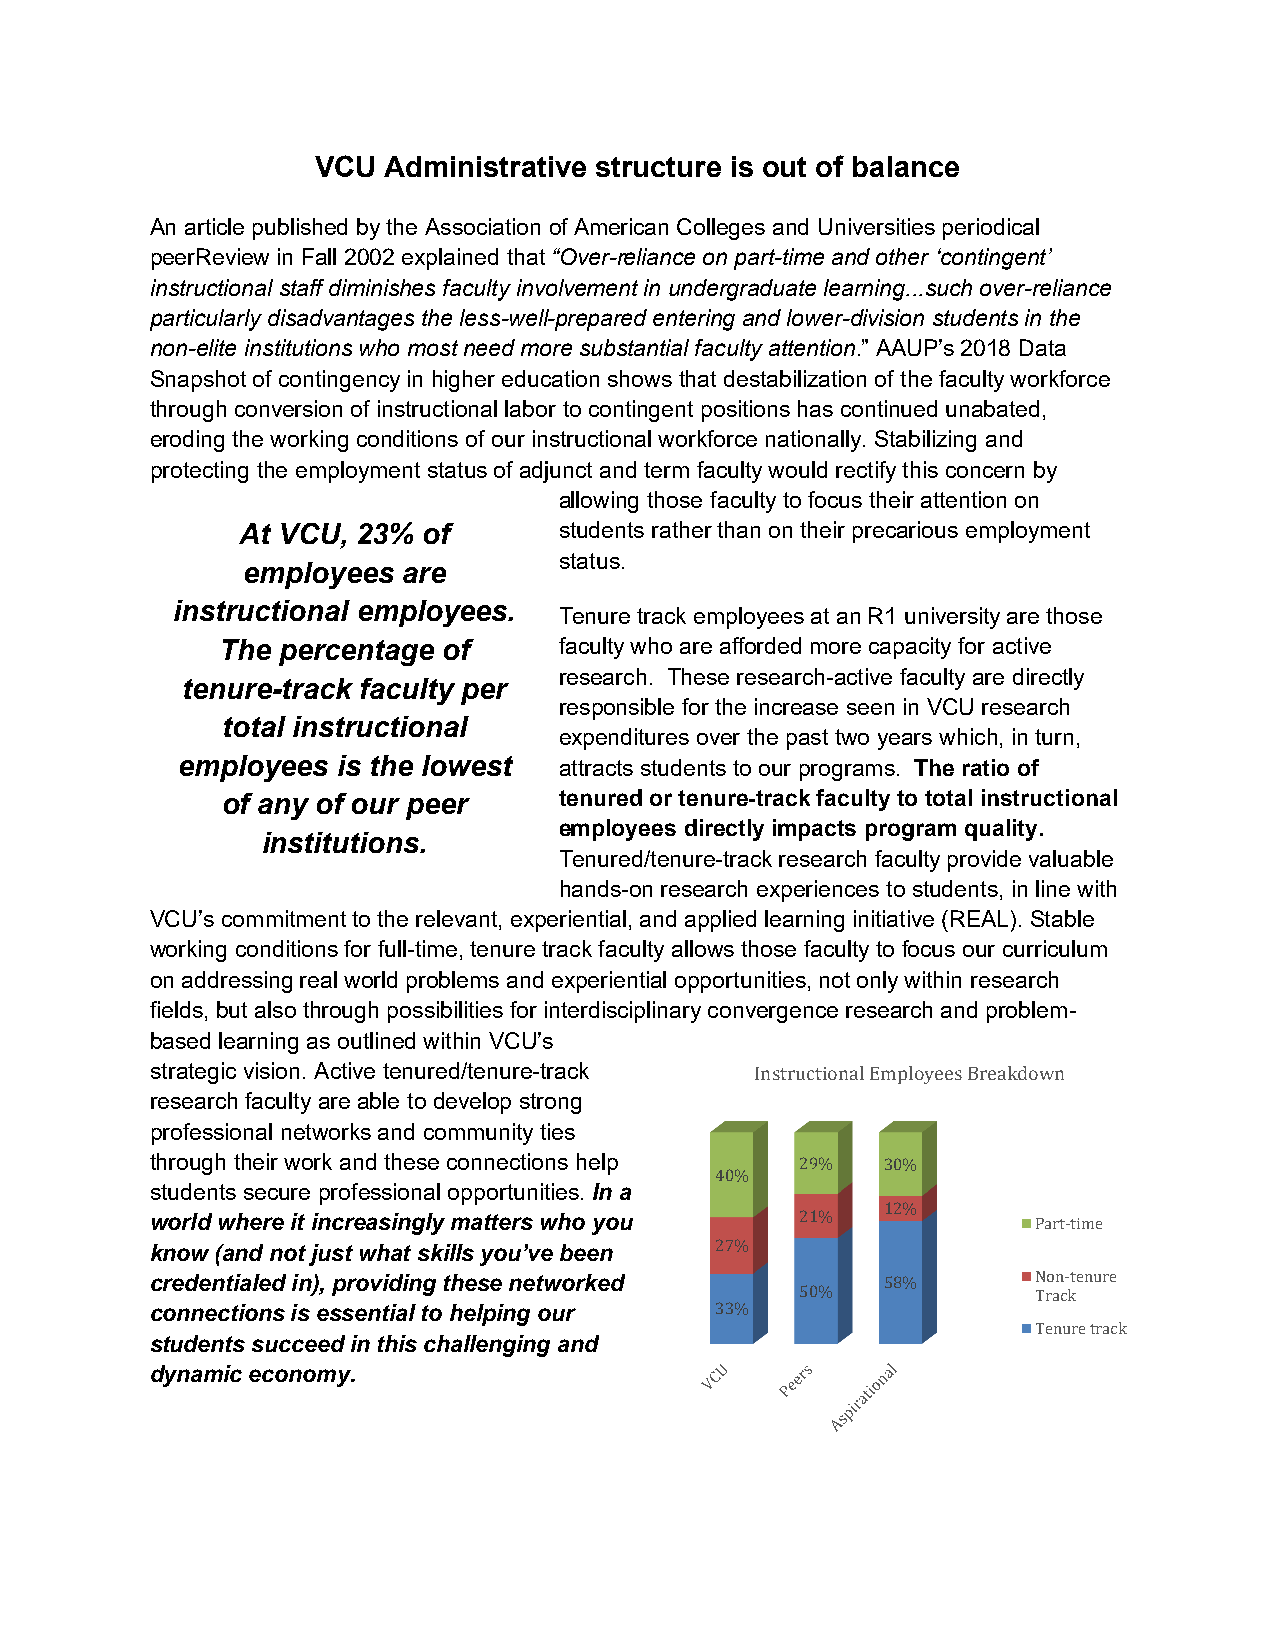
VCU Administrative structure is out of balance
 An article published by the Association of American Colleges and Universities periodical
 peerReview in Fall 2002 explained that “Over-reliance on part-time and other ‘contingent’
 instructional staff diminishes faculty involvement in undergraduate learning...such over-reliance
 particularly disadvantages the less-well-prepared entering and lower-division students in the
 non-elite institutions who most need more substantial faculty attention.” AAUP’s 2018 Data
 Snapshot of contingency in higher education shows that destabilization of the faculty workforce
 through conversion of instructional labor to contingent positions has continued unabated,
 eroding the working conditions of our instructional workforce nationally. Stabilizing and
 protecting the employment status of adjunct and term faculty would rectify this concern by
 allowing those faculty to focus their attention on
 At VCU, 23% of       students rather than on their precarious employment
 status.
 employees  are
 instructional employees.  Tenure track employees at an R1 university are those
 The percentage of      faculty who are afforded more capacity for active
 research. These research-active faculty are directly
 tenure-track faculty per
 responsible for the increase seen in VCU research
 total instructional
 expenditures over the past two years which, in turn,
 employees is the lowest  attracts students to our programs. The ratio of
 of any of our peer    tenured or tenure-track faculty to total instructional
 employees directly impacts program quality.
 institutions.
 Tenured/tenure-track research faculty provide valuable
 hands-on research experiences to students, in line with
 VCU’s commitment to the relevant, experiential, and applied learning initiative (REAL). Stable
 working conditions for full-time, tenure track faculty allows those faculty to focus our curriculum
 on addressing real world problems and experiential opportunities, not only within research
 fields, but also through possibilities for interdisciplinary convergence research and problem-
 based learning as outlined within VCU’s
 strategic vision. Active tenured/tenure-track
 research faculty are able to develop strong
 Instructional Employees Breakdown
 professional networks and community ties
 through their work and these connections help
 students secure professional opportunities. In a
 29%  30%
 40%
 world where it increasingly matters who you
 12%
 know (and not just what skills you’ve been 21%
 Part-time
 credentialed in), providing these networked 27%
 connections is essential to helping our          58%       Non-tenure
 50%             Track
 students succeed in this challenging and 33%
 Tenure track
 dynamic economy.